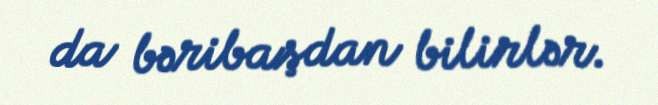
da bəribaşdan bilirlər.